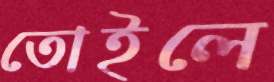
তোইলে